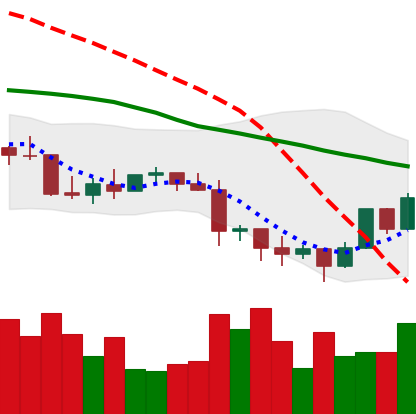
Ticker: LTC-USD
Chart end date: 2022-01-14
Forward return: -5.395%
Label: down_5_7